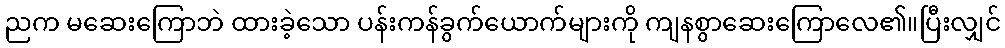
ညက မဆေးကြောဘဲ ထားခဲ့သော ပန်းကန်ခွက်ယောက်များကို ကျနစွာဆေးကြောလေ၏။ပြီးလျှင်